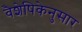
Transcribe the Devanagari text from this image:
वैशेषिकेनुसार